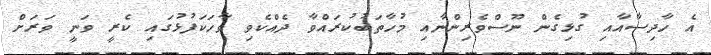
އެ ހާދިސާއާއި ގުޅިގެން ނޫސްވެރިންނާއި މުހާތަބުކުރައްވާ ދެއްކެވި ވާހަކަފުޅުގައި ކެރީ ވަނީ ވަރަށް